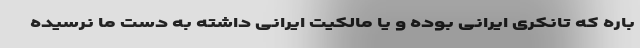
باره که تانکری ایرانی بوده و یا مالکیت ایرانی داشته به دست ما نرسیده